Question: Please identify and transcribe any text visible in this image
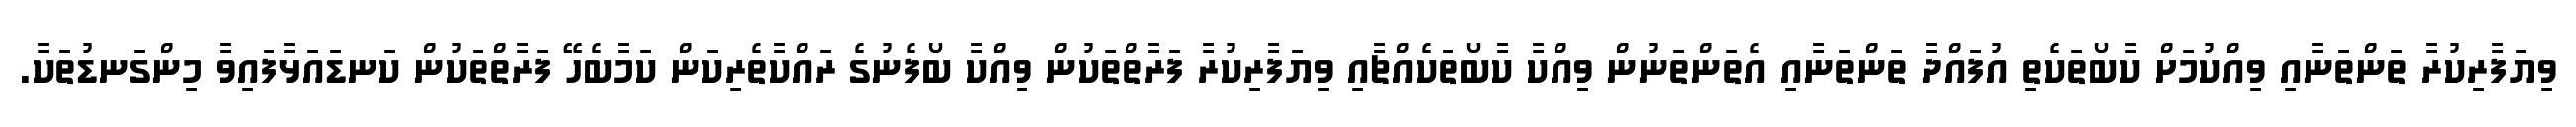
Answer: ވިޔަފާރިކުރާ ތަންތަނާއި ވިއްކުމަށް ކާބޯތަކެތި އުފައްދާ ތަންތަނާއި އެތަންތަނުން ވިއްކާ ކާބޯތަކެއްޗާއި ވިޔަފާރިކުރާ ފަރާތްތަކުން ވިއްކާ ބޯފެނުގެ ރައްކާތެރިކަން ކަމާބެހޭ ފަރާތްތަކުން ކަނޑައަޅާފައިވާ މިންގަނޑުތަކާ.